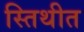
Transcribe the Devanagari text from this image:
स्तिथीत